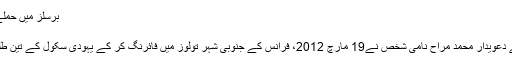
برسلز میں حملے کے بعد سیکورٹی میں اضافہ کر دیا گیا تھا
19 مارچ 2012، فرانس
شدت پسند تنظیم القاعدہ سے منسلک ہونے کے دعویدار محمد مراح نامی شخص نے19 مارچ 2012، فرانس کے جنوبی شہر تولوز میں فائرنگ کر کے یہودی سکول کے تین طلبا، ایک ربی اور تین فوجیوں کو ہلاک کر دیا۔